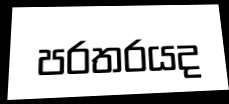
පරතරයද